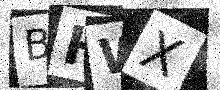
Text: BHWX